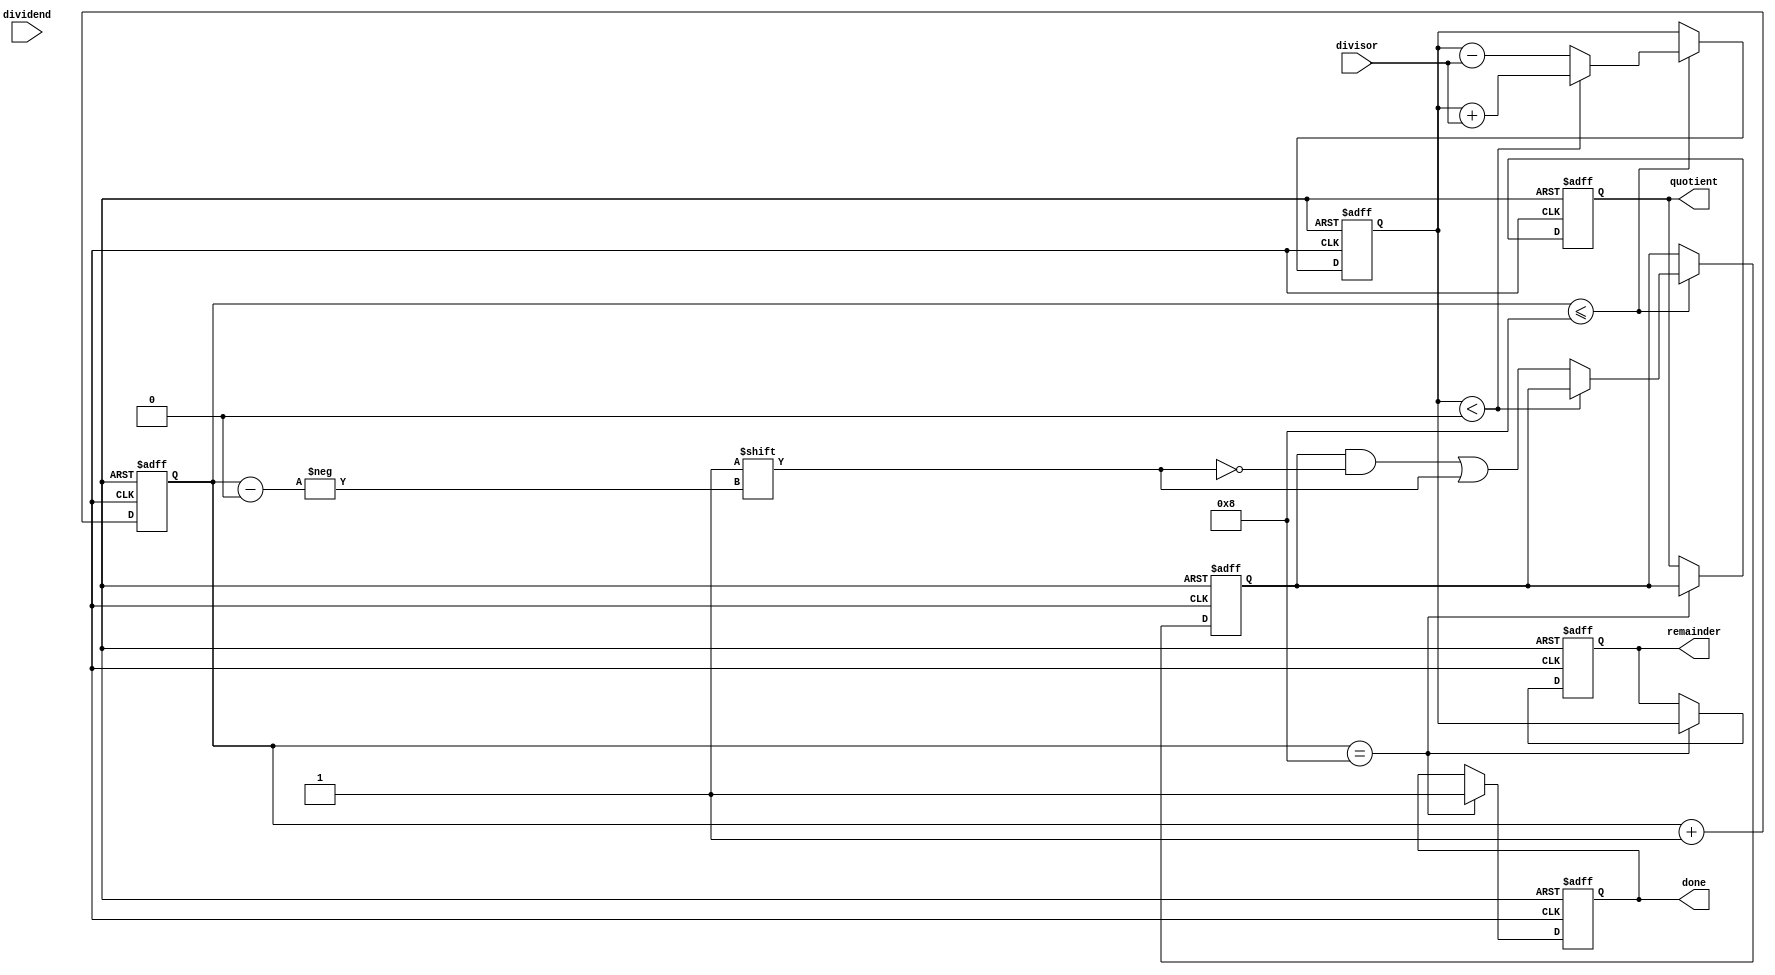
module binary_divider (
    input wire [7:0] dividend,
    input wire [7:0] divisor,
    output reg [7:0] quotient,
    output reg [7:0] remainder,
    output reg done
);

reg [7:0] remainder_temp;
reg [7:0] quotient_temp;

reg [8:0] count;
reg [7:0] dividend_temp;

always @(posedge clk or posedge reset) begin
    if (reset) begin
        remainder <= 8'b0;
        quotient <= 8'b0;
        remainder_temp <= 8'b0;
        quotient_temp <= 8'b0;
        count <= 9'b0;
        dividend_temp <= dividend;
        done <= 1'b0;
    end else begin
        if (count <= 8) begin
            remainder_temp <= remainder_temp - divisor;
            if (remainder_temp < 0) begin
                remainder_temp <= remainder_temp + divisor;
            end else begin
                quotient_temp[count] <= 1'b1;
            end
        end

        if (count == 8) begin
            quotient <= quotient_temp;
            remainder <= remainder_temp;
            done <= 1'b1;
        end
        count <= count + 1;
    end
end

endmodule